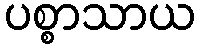
ပစ္စာသာယ